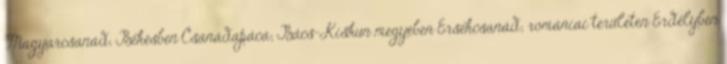
Magyarcsanád; Békésben Csanádapáca; Bács-Kiskun megyében Érsekcsanád; romániai területen Erdélyben